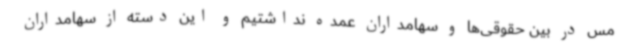
مس در بین حقوقی‌ها و سهامداران عمده نداشتیم و این دسته از سهامداران